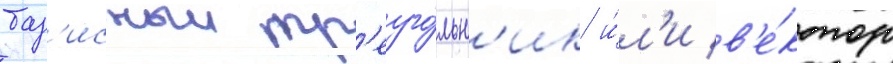
баз'исныи тр'еуго́льн'ик и́л'и в'е́ктор